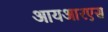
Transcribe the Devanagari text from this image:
आयआरएस